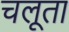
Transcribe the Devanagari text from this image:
चलूता